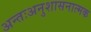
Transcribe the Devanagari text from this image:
अन्तःअनुशासनात्मक